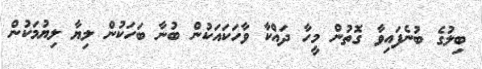
ބިލުގެ ބުނެފައިވާ ގޮތުން މީހާ ދައްކާ ވާހަކައަކުން ބުނާ ބަހަކުން ލިޔާ ލިޔުމަކުން